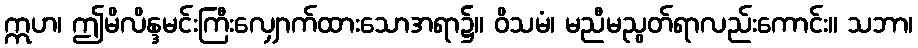
ဣဟ၊ ဤမိလိန္ဒမင်းကြီးလျှောက်ထားသောအရာ၌။ ဝိသမံ၊ မညီမညွတ်ရာလည်းကောင်း။ သဘာ၊